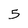
Character: 5